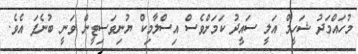
މުހައްމަދު ޝަހީމް އަލީ ސައީދު ކަމަށްވެސް އިސްލާމިކް ޔުނިވަސިޓީން ވަނީ ބުނެފަ އެވެ.